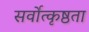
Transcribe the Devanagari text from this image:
सर्वोत्कृष्ठता